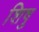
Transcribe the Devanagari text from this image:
शिषु